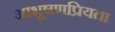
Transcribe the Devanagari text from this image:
आभूषणप्रियता